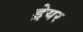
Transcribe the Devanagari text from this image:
ड्रेयर